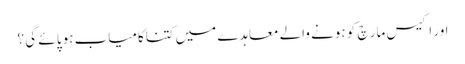
اور اکیس مار چ کو ہونے والے معاہدے میں کتناکامیاب ہوپا ئے گی ؟